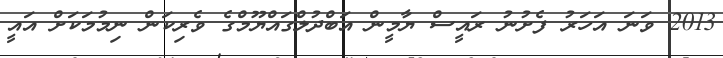
2013 ވަނަ އަހަރު ފެށުނު ރައީސް ޔާމީން އަބްދުލްގައްޔޫމްގެ ވެރިކަން ނިމުމަކަށް އައީ